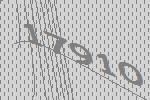
17910